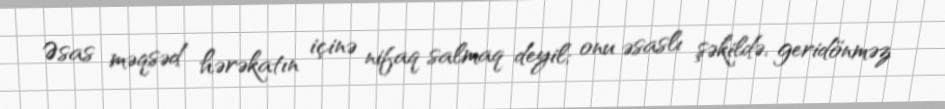
Əsas məqsəd hərəkatın içinə nifaq salmaq deyil; onu əsaslı şəkildə, geridönməz